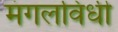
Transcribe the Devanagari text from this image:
मंगलविधी